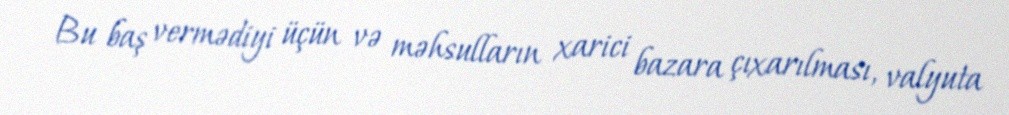
Bu baş vermədiyi üçün və məhsulların xarici bazara çıxarılması, valyuta